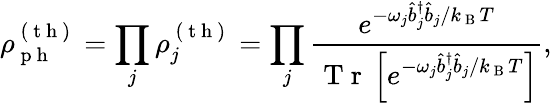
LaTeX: \rho_{\mathrm{~p~h~}}^{\mathrm{~(~t~h~)~}}=\prod_{j}\rho_{j}^{\mathrm{~(~t~h~)~}}=\prod_{j}\frac{e^{-\omega_{j}\hat{b}_{j}^{\dagger}\hat{b}_{j}/k_{\mathrm{~B~}}T}}{\mathrm{~T~r~}\left[e^{-\omega_{j}\hat{b}_{j}^{\dagger}\hat{b}_{j}/k_{\mathrm{~B~}}T}\right]},